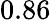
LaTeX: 0.86